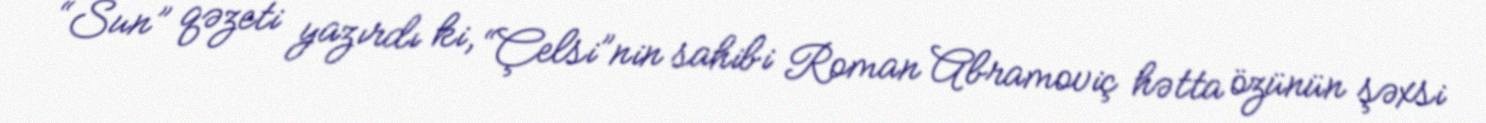
“Sun” qəzeti yazırdı ki, “Çelsi”nin sahibi Roman Abramoviç hətta özünün şəxsi